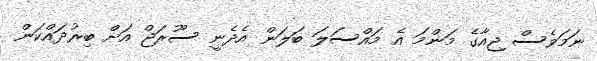
ނަމަވެސް ޖިއާގެ މަންމަ އެ މައްސަލަ ބަލަން އެދެނީ ސޫރަޖް އަށް ބިރުދައްކަން